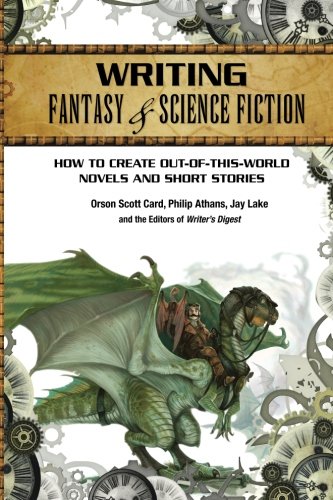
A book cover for Writing Fantasy & Science Fiction: How to Create Out-of-This-World Novels and Short Stories; Orson Scott Card; Science Fiction & Fantasy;